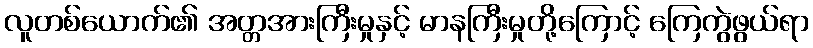
လူတစ်ယောက်၏ အတ္တအားကြီးမှုနှင့် မာနကြီးမှုတို့ကြောင့် ကြေကွဲဖွယ်ရာ